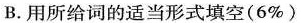
B.用所给词的适当形式填空(6%)